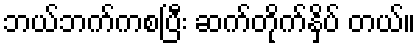
ဘယ်ဘက်ကစပြီး ဆက်တိုက်နှိပ် တယ်။